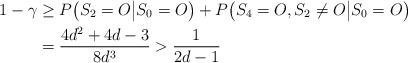
LaTeX: \begin{align*}1-\gamma &\geq P\big(S_2=O\big|S_0=O\big)+P\big(S_4=O,S_2\neq O\big|S_0=O\big)\\&=\frac{4d^2+4d-3}{8d^3}>\frac{1}{2d-1}\end{align*}